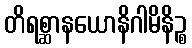
တိရစ္ဆာနယောနိဂါမိနိဉ္စ